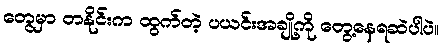
တွေမှာ တနိုင်းက ထွက်တဲ့ ပယင်းအချို့ကို တွေ့နေရဆဲပါပဲ။